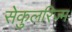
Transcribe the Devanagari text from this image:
सेकुलरिज्म